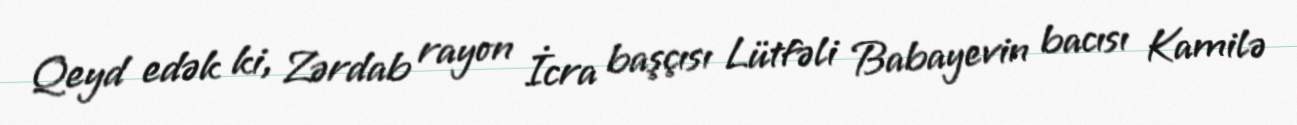
Qeyd edək ki, Zərdab rayon İcra başçısı Lütfəli Babayevin bacısı Kamilə